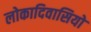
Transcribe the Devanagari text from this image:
लोकादिवासियो